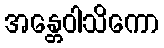
အန္တေဝါသိကော